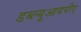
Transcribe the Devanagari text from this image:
डब्ल्यूआयपीए